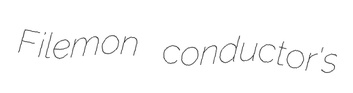
Filemon conductor's